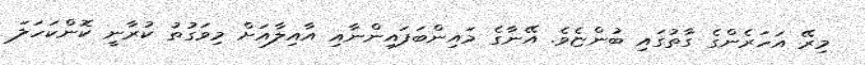
މިރޭ އަހަރެންގެ ގާތުގައި ބުންޏެވެ. އޭނާގެ މައިންބަފައިންނާއި އާއިލާއަށް މިވަގުތު ކުރާނީ ކޮންކަހަލަ